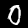
Label: 0